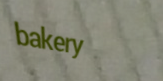
bakery